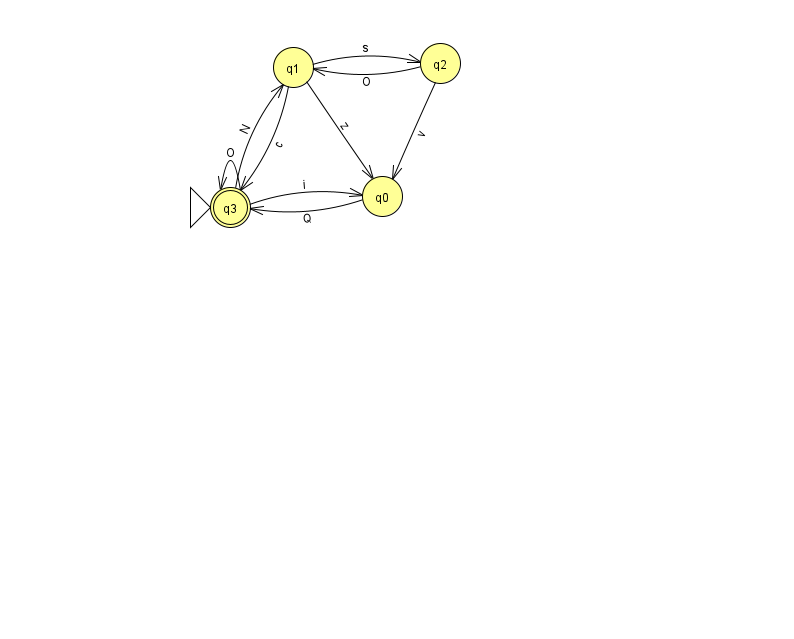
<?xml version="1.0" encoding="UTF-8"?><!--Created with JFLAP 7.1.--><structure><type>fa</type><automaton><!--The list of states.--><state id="0" name="q0"><x>382.0</x><y>183.0</y></state><state id="1" name="q1"><x>293.0</x><y>54.0</y></state><state id="2" name="q2"><x>440.0</x><y>50.0</y></state><state id="3" name="q3"><x>230.0</x><y>194.0</y><initial/><final/></state><!--The list of transitions.--><transition><from>3</from><to>1</to><read>N</read></transition><transition><from>2</from><to>0</to><read>v</read></transition><transition><from>0</from><to>3</to><read>Q</read></transition><transition><from>1</from><to>0</to><read>z</read></transition><transition><from>2</from><to>1</to><read>O</read></transition><transition><from>1</from><to>2</to><read>s</read></transition><transition><from>3</from><to>0</to><read>i</read></transition><transition><from>1</from><to>3</to><read>c</read></transition><transition><from>3</from><to>3</to><read>O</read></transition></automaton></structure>